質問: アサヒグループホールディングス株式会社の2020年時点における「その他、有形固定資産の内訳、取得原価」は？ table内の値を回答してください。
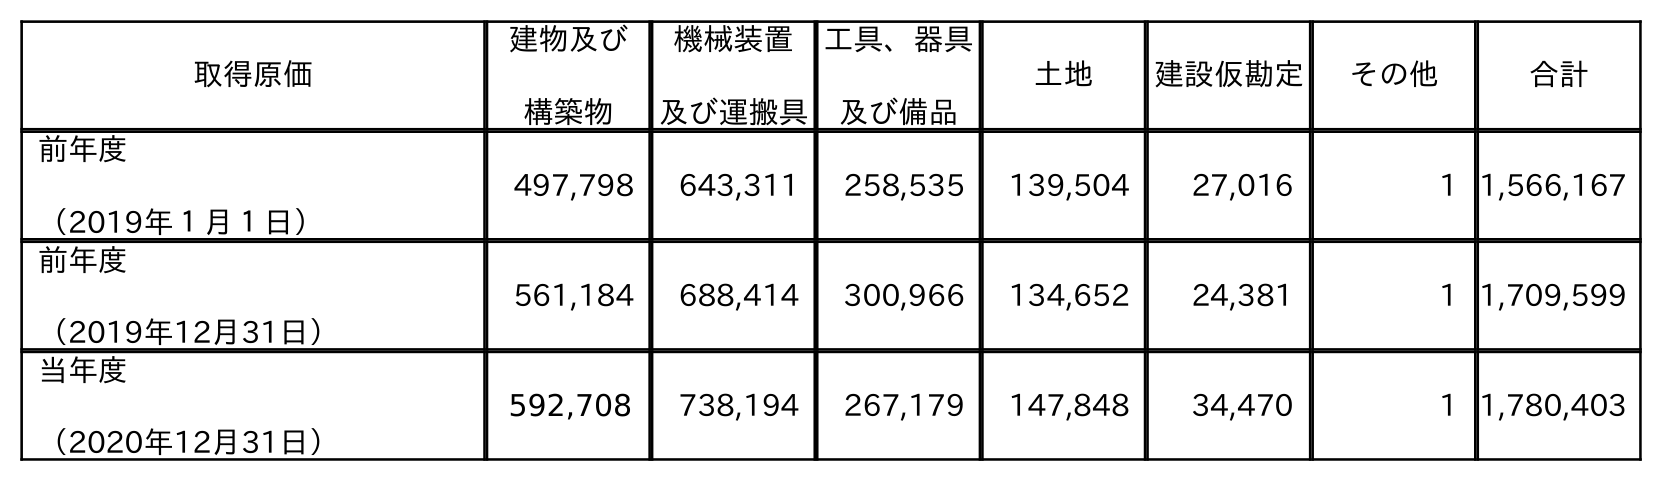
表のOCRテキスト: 取得原価 建物及び 構築物 機械装置 及び運搬具 工具、器具 及び備品 土地 建設仮勘定 その他 合計 前年度 （2019年１月１日） 497,798 643,311 258,535 139,504 27,016 1 1,566,167 前年度 （2019年12月31日） 561,184 688,414 300,966 134,652 24,381 1 1,709,599 当年度 （2020年12月31日） 592,708 738,194 267,179 147,848 34,470 1 1,780,403
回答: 1